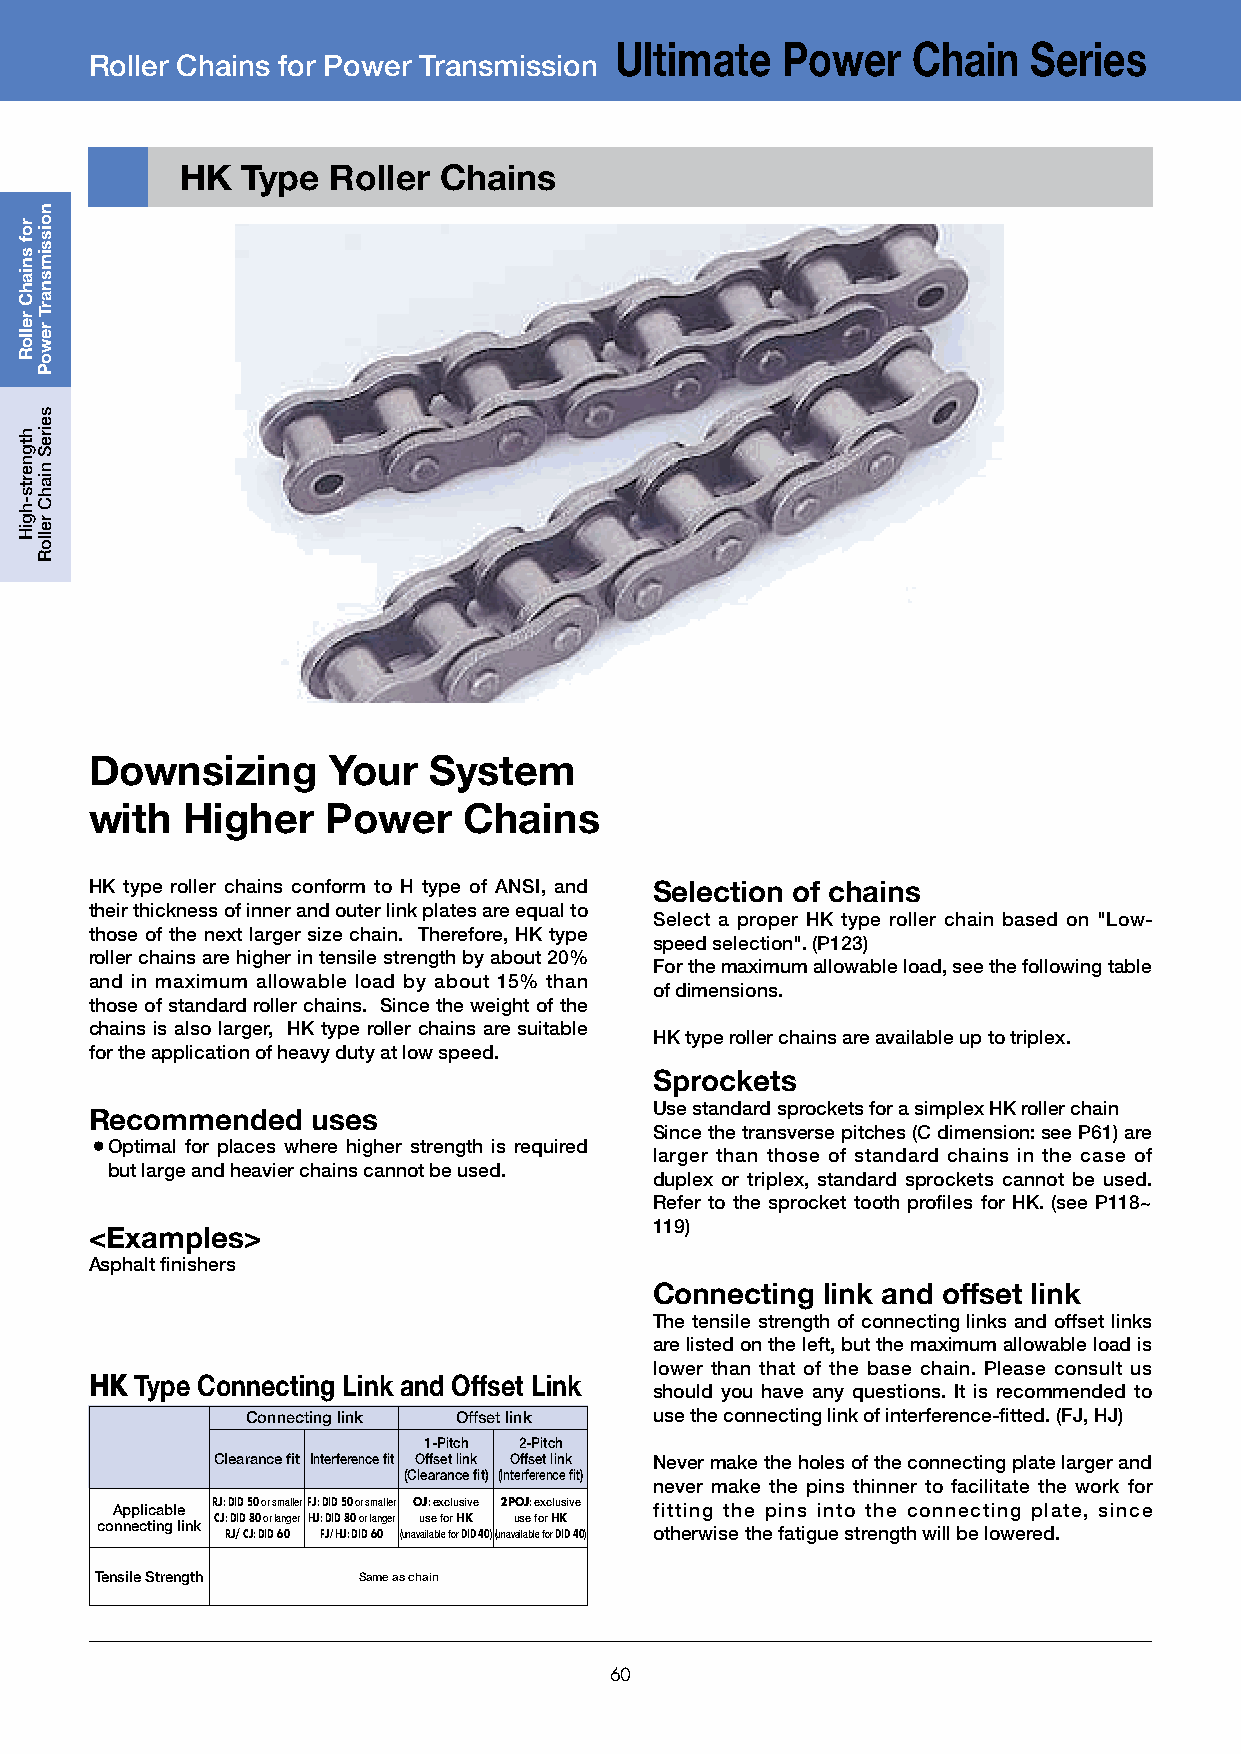
Ultimate   Power   Chain   Series
 Roller Chains for Power Transmission
 HK  Type  Roller Chains
 Downsizing      Your  System
 with  Higher    Power    Chains
 HK type roller chains conform to H type of ANSI, and Selection of chains
 their thickness of inner and outer link plates are equal to
 Select a proper HK type roller chain based on "Low-
 those of the next larger size chain. Therefore, HK type
 speed selection". (P123)
 roller chains are higher in tensile strength by about 20%
 For the maximum allowable load, see the following table
 and in maximum allowable load by about 15% than
 of dimensions.
 those of standard roller chains. Since the weight of the
 chains is also larger, HK type roller chains are suitable
 HK type roller chains are available up to triplex.
 for the application of heavy duty at low speed.
 Sprockets
 Use standard sprockets for a simplex HK roller chain
 Recommended    uses
 Since the transverse pitches (C dimension: see P61) are
 ¡Optimal for places where higher strength is required
 larger than those of standard chains in the case of
 but large and heavier chains cannot be used.
 duplex or triplex, standard sprockets cannot be used.
 Refer to the sprocket tooth profiles for HK. (see P118~
 119)
 <Examples>
 Asphalt finishers
 Connecting link and offset link
 The tensile strength of connecting links and offset links
 are listed on the left, but the maximum allowable load is
 lower than that of the base chain. Please consult us
 HK Type Connecting Link and Offset Link
 should you have any questions. It is recommended to
 Connecting link Offset link use the connecting link of interference-fitted. (FJ, HJ)
 1-Pitch 2-Pitch
 Clearance fit Interference fit Offset link Offset link Never make the holes of the connecting plate larger and
 (Clearance fit) (Interference fit)
 never make the pins thinner to facilitate the work for
 Applicable RJ: DID 50 or smallerFJ: DID 50 or smaller OJ: exclusive 2POJ: exclusive fitting the pins into the connecting plate, since
 connecting link CJ R: D J/ID C 8 J:0 D o IDr l a 6n 0ger HJ: F D J/I D H J8 : 0 D Io Dr l 6an 0ger (unavu as ilae b lf eo fr o rH DK ID 40)(unavu as ilae b lf eo fr o rH DK ID 40) otherwise the fatigue strength will be lowered.
 Tensile Strength  Same as chain
 60
 rof
 sniahC
 relloR
 htgnerts-hgiH
 noissimsnarT
 rewoP
 seireS
 niahC
 relloR